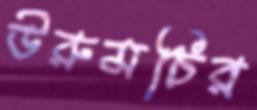
উরুমচির